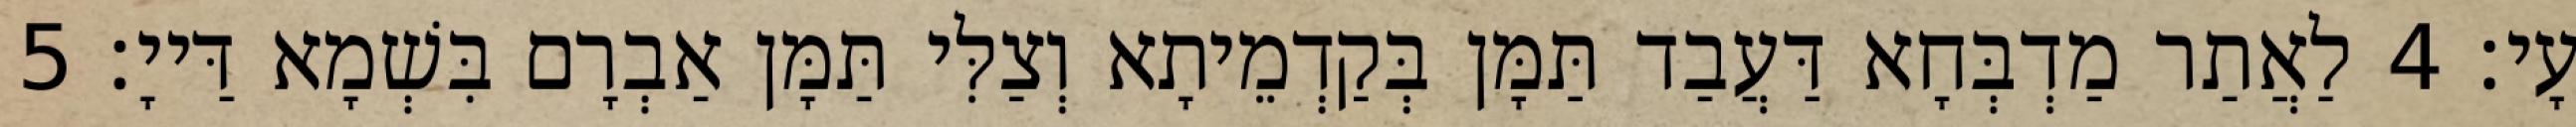
עָי׃ 4 לַאֲתַר מַדְבְּחָא דַּעֲבַד תַּמָּן בְּקַדְמֵיתָא וְצַלִּי תַּמָּן אַבְרָם בִּשְׁמָא דַּייָ׃ 5